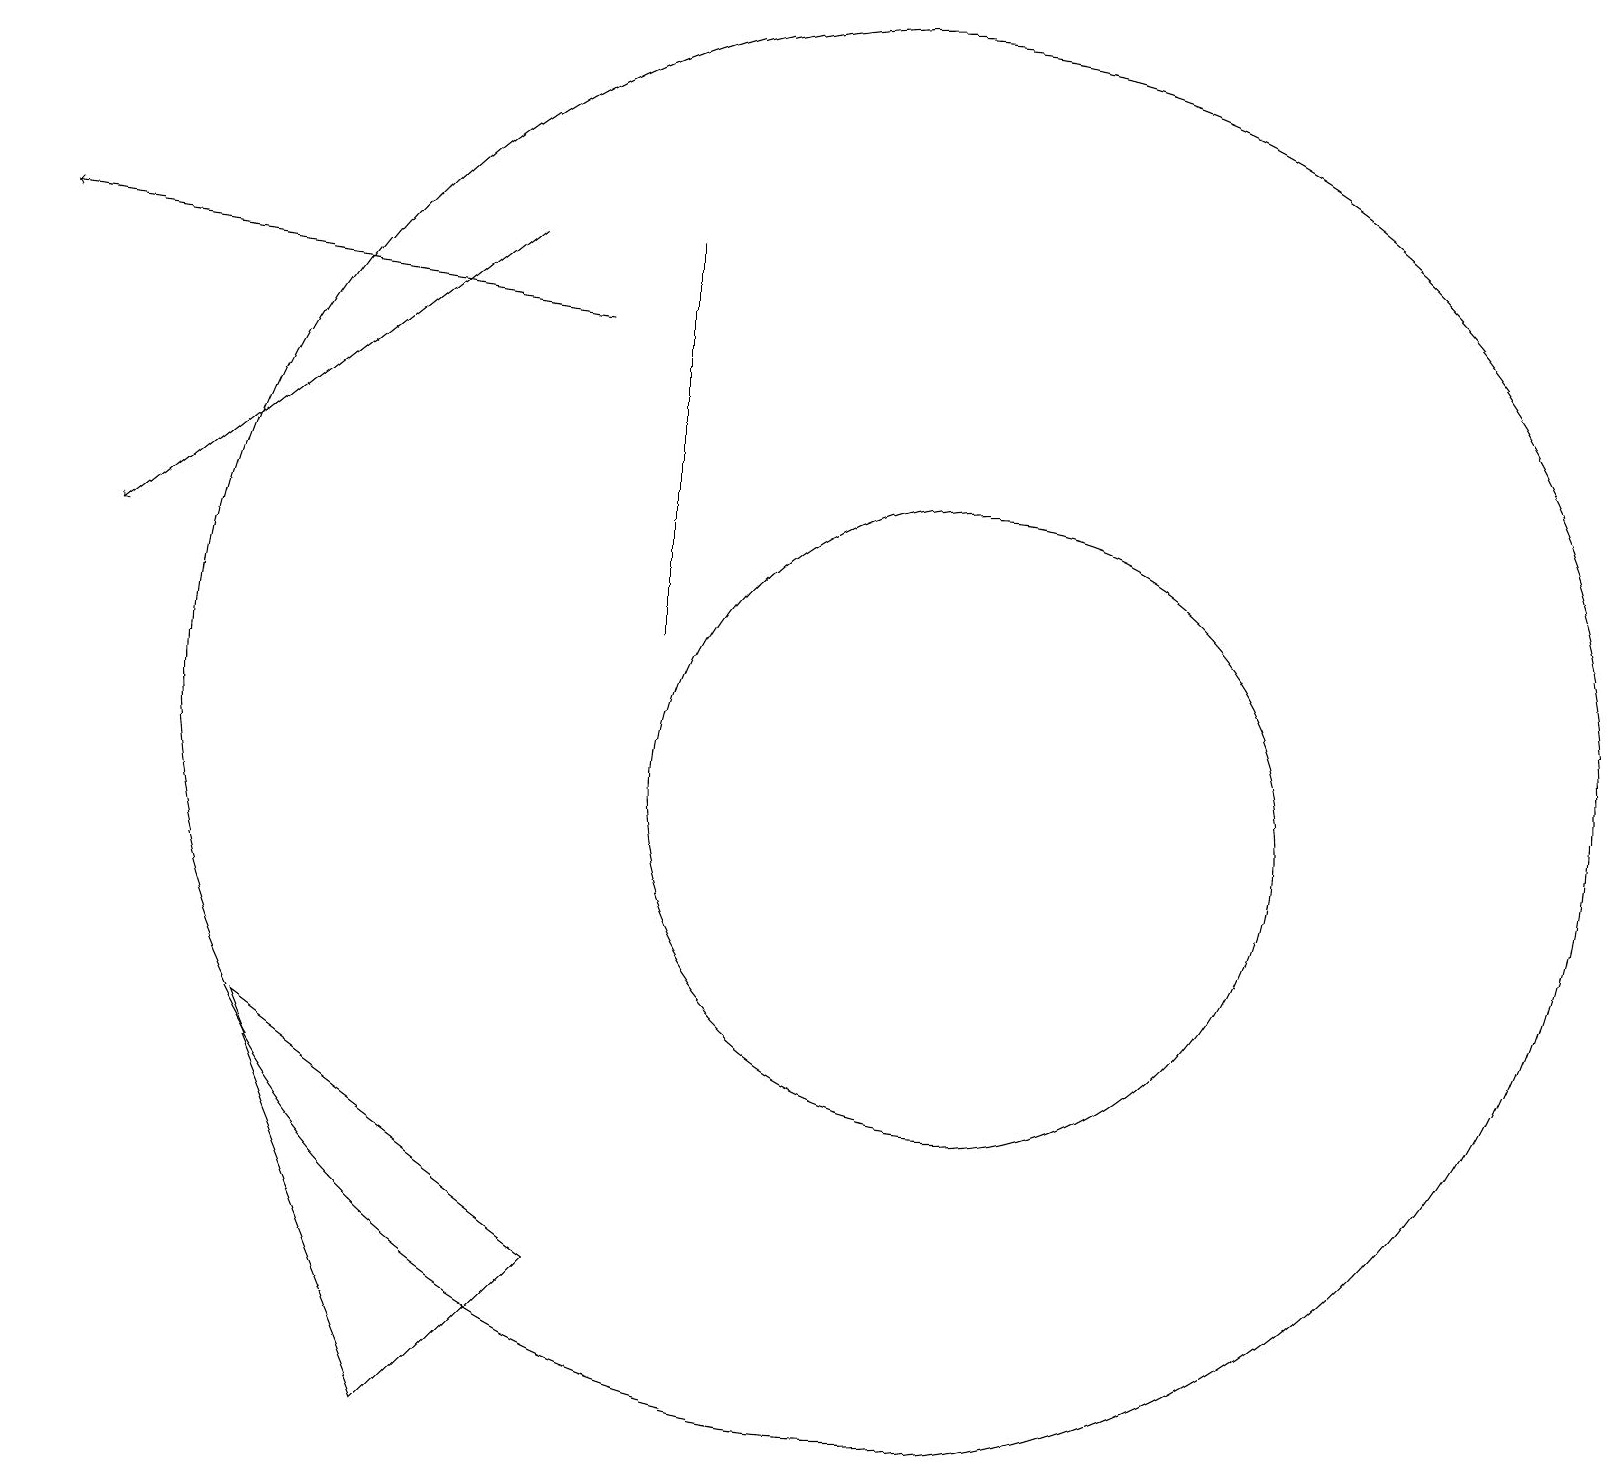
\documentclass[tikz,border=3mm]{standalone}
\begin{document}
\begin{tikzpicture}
\draw (3,8) -- (5,3) -- (7,5) -- cycle;
\draw (12,11) circle (0);
\draw[->] (6,18) -- (1,14);
\draw (11,12) circle (9);
\draw[->] (7,17) -- (0,18);
\draw (8,18) rectangle (8,13);
\draw (12,11) circle (4);
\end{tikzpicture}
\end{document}